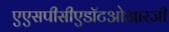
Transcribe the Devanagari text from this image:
एएसपीसीएडॉटओआरजी